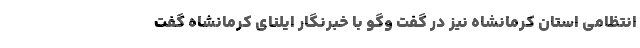
انتظامی استان کرمانشاه نیز در گفت وگو با خبرنگار ایلنای کرمانشاه گفت